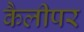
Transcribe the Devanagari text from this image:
कैलीपर